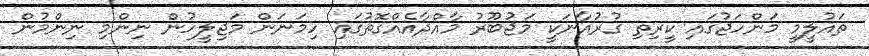
ތައުލީމީ މަންހަޖުގައި ކީރިތި ގުރުއާނަކީ މަޖުބޫރު މާއްދާއެއްގޮތުގައި ހިމަނަން މަޖިލީހުން ނިންމި ނިންމުން